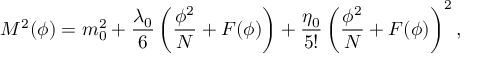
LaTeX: M ^ { 2 } ( \phi ) = m _ { 0 } ^ { 2 } + \frac { \lambda _ { 0 } } { 6 } \left( \frac { \phi ^ { 2 } } { N } + F ( \phi ) \right) + \frac { \eta _ { 0 } } { 5 ! } \left( \frac { \phi ^ { 2 } } { N } + F ( \phi ) \right) ^ { 2 } ,